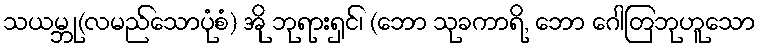
သယမ္ဘု(လမည်သောပုံစံ) အို ဘုရားရှင်၊ (ဘော သုခကာရိ, ဘော ဂေါတြဘုဟူသော